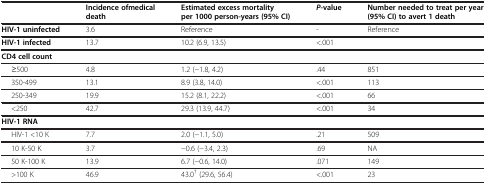
<table><thead><tr><td><b> </b></td><td><b>Incidence ofmedical death</b></td><td><b>Estimated excess mortality per 1000 person-years (95% CI)</b></td><td><b><i>P</i>-value</b></td><td><b>Number needed to treat per year (95% CI) to avert 1 death</b></td></tr></thead><tbody><tr><td><b>HIV-1 uninfected</b></td><td>3.6</td><td>Reference</td><td>-</td><td>Reference</td></tr><tr><td><b>HIV-1 infected</b></td><td>13.7</td><td>10.2 (6.9, 13.5)</td><td>&lt;.001</td><td> </td></tr><tr><td><b>CD4 cell count</b></td><td> </td><td> </td><td> </td><td> </td></tr><tr><td>≥500</td><td>4.8</td><td>1.2 (−1.8, 4.2)</td><td>.44</td><td>851</td></tr><tr><td>350-499</td><td>13.1</td><td>8.9 (3.8, 14.0)</td><td>&lt;.001</td><td>113</td></tr><tr><td>250-349</td><td>19.9</td><td>15.2 (8.1, 22.2)</td><td>&lt;.001</td><td>66</td></tr><tr><td>&lt;250</td><td>42.7</td><td>29.3 (13.9, 44.7)</td><td>&lt;.001</td><td>34</td></tr><tr><td><b>HIV-1 RNA</b></td><td> </td><td> </td><td> </td><td> </td></tr><tr><td>HIV-1 &lt;10 K</td><td>7.7</td><td>2.0 (−1.1, 5.0)</td><td>.21</td><td>509</td></tr><tr><td>10 K-50 K</td><td>3.7</td><td>−0.6 (−3.4, 2.3)</td><td>.69</td><td>NA</td></tr><tr><td>50 K-100 K</td><td>13.9</td><td>6.7 (−0.6, 14.0)</td><td>.071</td><td>149</td></tr><tr><td>&gt;100 K</td><td>46.9</td><td>43.0<sup>†</sup> (29.6, 56.4)</td><td>&lt;.001</td><td>23</td></tr></tbody></table>